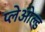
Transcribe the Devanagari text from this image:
प्लेओल्ड